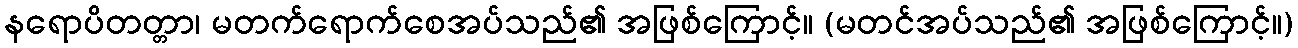
နရောပိတတ္တာ၊ မတက်ရောက်စေအပ်သည်၏ အဖြစ်ကြောင့်။ (မတင်အပ်သည်၏ အဖြစ်ကြောင့်။)